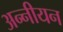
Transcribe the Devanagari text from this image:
अन्नीयन